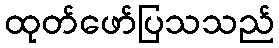
ထုတ်ဖော်ပြသသည်